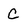
Character: c